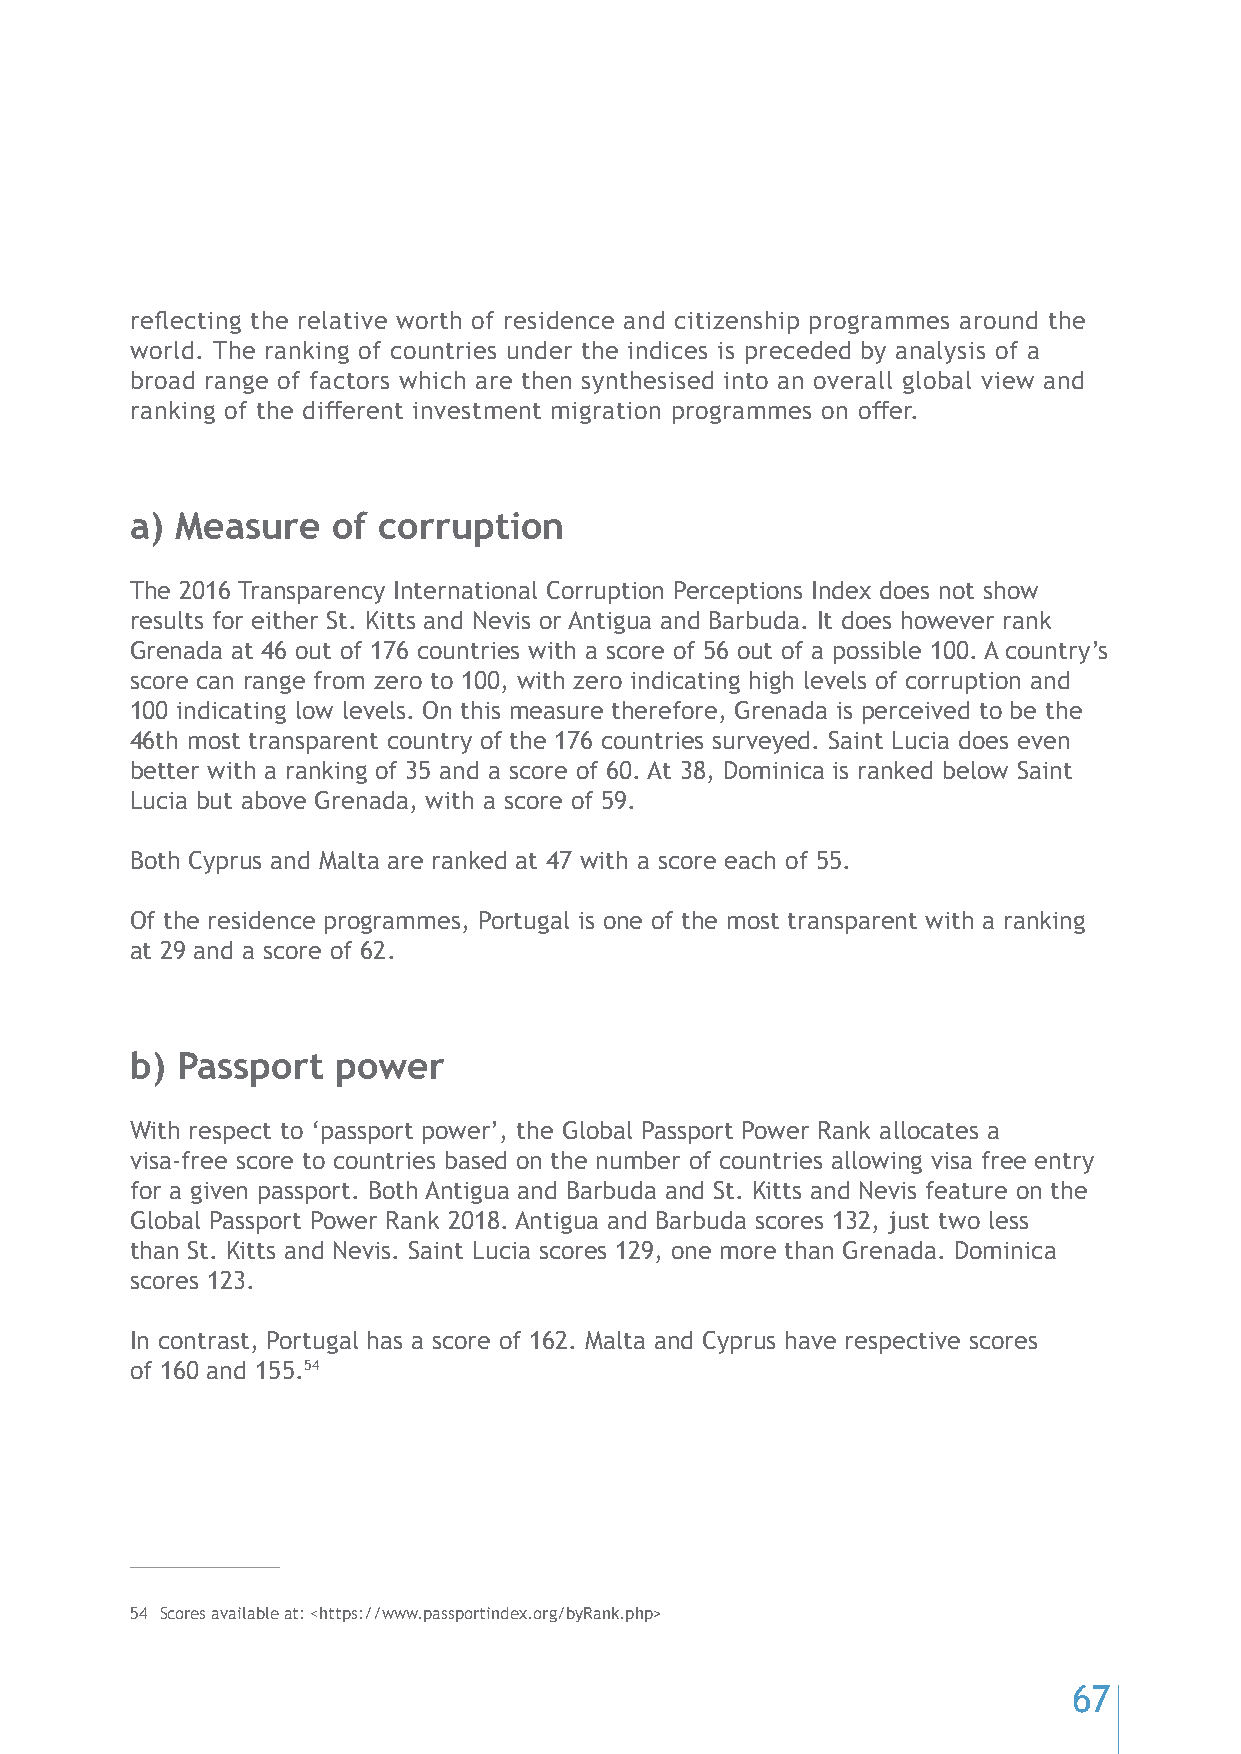
reflecting the relative worth of residence and citizenship programmes around the
 world. The ranking of countries under the indices is preceded by analysis of a
 broad range of factors which are then synthesised into an overall global view and
 ranking of the different investment migration programmes on offer.
 a) Measure   of corruption
 The 2016 Transparency International Corruption Perceptions Index does not show
 results for either St. Kitts and Nevis or Antigua and Barbuda. It does however rank
 Grenada at 46 out of 176 countries with a score of 56 out of a possible 100. A country’s
 score can range from zero to 100, with zero indicating high levels of corruption and
 100 indicating low levels. On this measure therefore, Grenada is perceived to be the
 46th most transparent country of the 176 countries surveyed. Saint Lucia does even
 better with a ranking of 35 and a score of 60. At 38, Dominica is ranked below Saint
 Lucia but above Grenada, with a score of 59.
 Both Cyprus and Malta are ranked at 47 with a score each of 55.
 Of the residence programmes, Portugal is one of the most transparent with a ranking
 at 29 and a score of 62.
 b) Passport  power
 With respect to ‘passport power’, the Global Passport Power Rank allocates a
 visa-free score to countries based on the number of countries allowing visa free entry
 for a given passport. Both Antigua and Barbuda and St. Kitts and Nevis feature on the
 Global Passport Power Rank 2018. Antigua and Barbuda scores 132, just two less
 than St. Kitts and Nevis. Saint Lucia scores 129, one more than Grenada. Dominica
 scores 123.
 In contrast, Portugal has a score of 162. Malta and Cyprus have respective scores
 of 160 and 155.54
 54 Scores available at: <https://www.passportindex.org/byRank.php>
 67